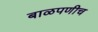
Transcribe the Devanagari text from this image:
बाळपणीच